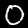
Digit: 0